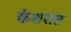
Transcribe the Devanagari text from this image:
केशरात